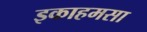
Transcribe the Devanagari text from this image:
इकाहमसा